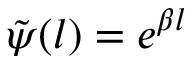
\tilde { \psi } ( l ) = e ^ { \beta l }